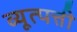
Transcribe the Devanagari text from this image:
व्यूत्पत्ती